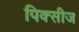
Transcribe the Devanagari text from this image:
पिक्सीज